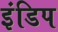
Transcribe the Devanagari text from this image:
इंडिप